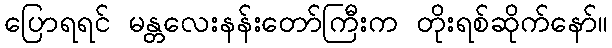
ပြောရရင် မန္တလေးနန်းတော်ကြီးက တိုးရစ်ဆိုက်နော်။